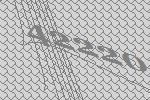
42220